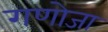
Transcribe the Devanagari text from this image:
गणोजा